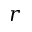
r